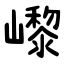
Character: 㠟